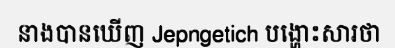
នាងបានឃើញ Jepngetich បង្ហោះសារថា